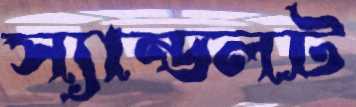
স্যান্ডলট